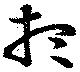
想